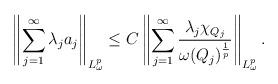
LaTeX: \begin{align*}\left \|\sum\limits_{j=1}^{\infty}\lambda_{j}a_{j}\right\|_{L_{\omega}^{p}}\leq C\left \|\sum\limits_{j=1}^{\infty}\frac{\lambda_{j}\chi_{Q_{j}}}{\omega(Q_{j})^{\frac{1}{p}}}\right \|_{L_{\omega}^{p}}.\end{align*}